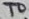
Text: TO